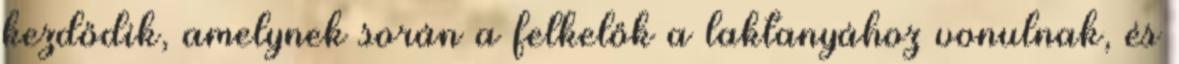
kezdődik, amelynek során a felkelők a laktanyához vonulnak, és